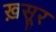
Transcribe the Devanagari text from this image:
ख़सूर